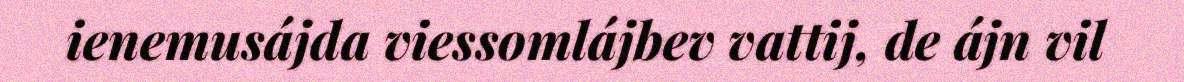
ienemusájda viessomlájbev vattij, de ájn vil